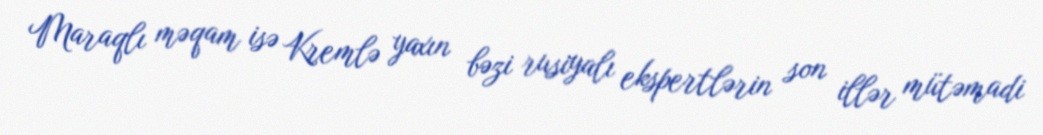
Maraqlı məqam isə Kremlə yaxın bəzi rusiyalı ekspertlərin son illər mütəmadi